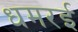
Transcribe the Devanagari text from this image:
धमरई